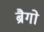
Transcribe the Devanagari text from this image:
ब्रैगो